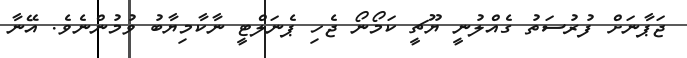
ޖަޕާނަށް ފުރުސަތު ގެއްލުނީ ޔޫޗީ ކަމޯނޯ ޖެހި ޕެނަލްޓީ ނާކާމިޔާބު ވުމުންނެވެ. އޭނާ